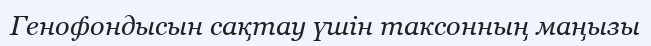
Генофондысын сақтау үшін таксонның маңызы